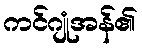
ကင်ဂျုံအန်၏